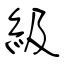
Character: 級